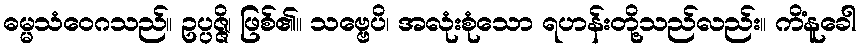
ဓမ္မသံဝေဂသည်။ ဥပ္ပဇ္ဇိ၊ ဖြစ်၏။ သဗ္ဗေပိ၊ အလုံးစုံသော ရဟန်းတို့သည်လည်း။ ကိံနူခေါ